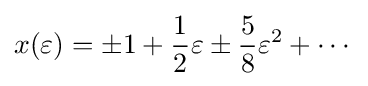
x(\varepsilon )=\pm 1+{\frac {1}{2}}\varepsilon \pm {\frac {5}{8}}\varepsilon ^{2}+\cdots